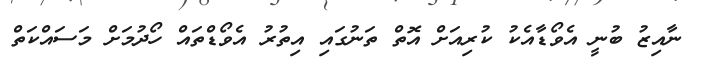
ނާއިޒު ބުނީ އެވޯޑާއެކު ކުރިއަށް އޮތް ތަނުގައި އިތުރު އެވޯޑްތައް ހޯދުމަށް މަސައްކަތް